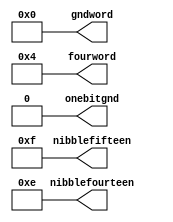
module constant_generator (
output onebitgnd,
output [31:0] gndword,
output [31:0] fourword,
output [3:0] nibblefourteen,
output [3:0] nibblefifteen
);
assign onebitgnd = 1'b0;
assign gndword = 32'b0;
assign fourword = 32'b0000_0000_0000_0000_0000_0000_0000_0100;
assign nibblefourteen = 4'b1110;
assign nibblefifteen = 4'b1111; 
endmodule